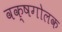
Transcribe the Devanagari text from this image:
वक्षगोलक